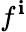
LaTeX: f^{\mathbf{i}}